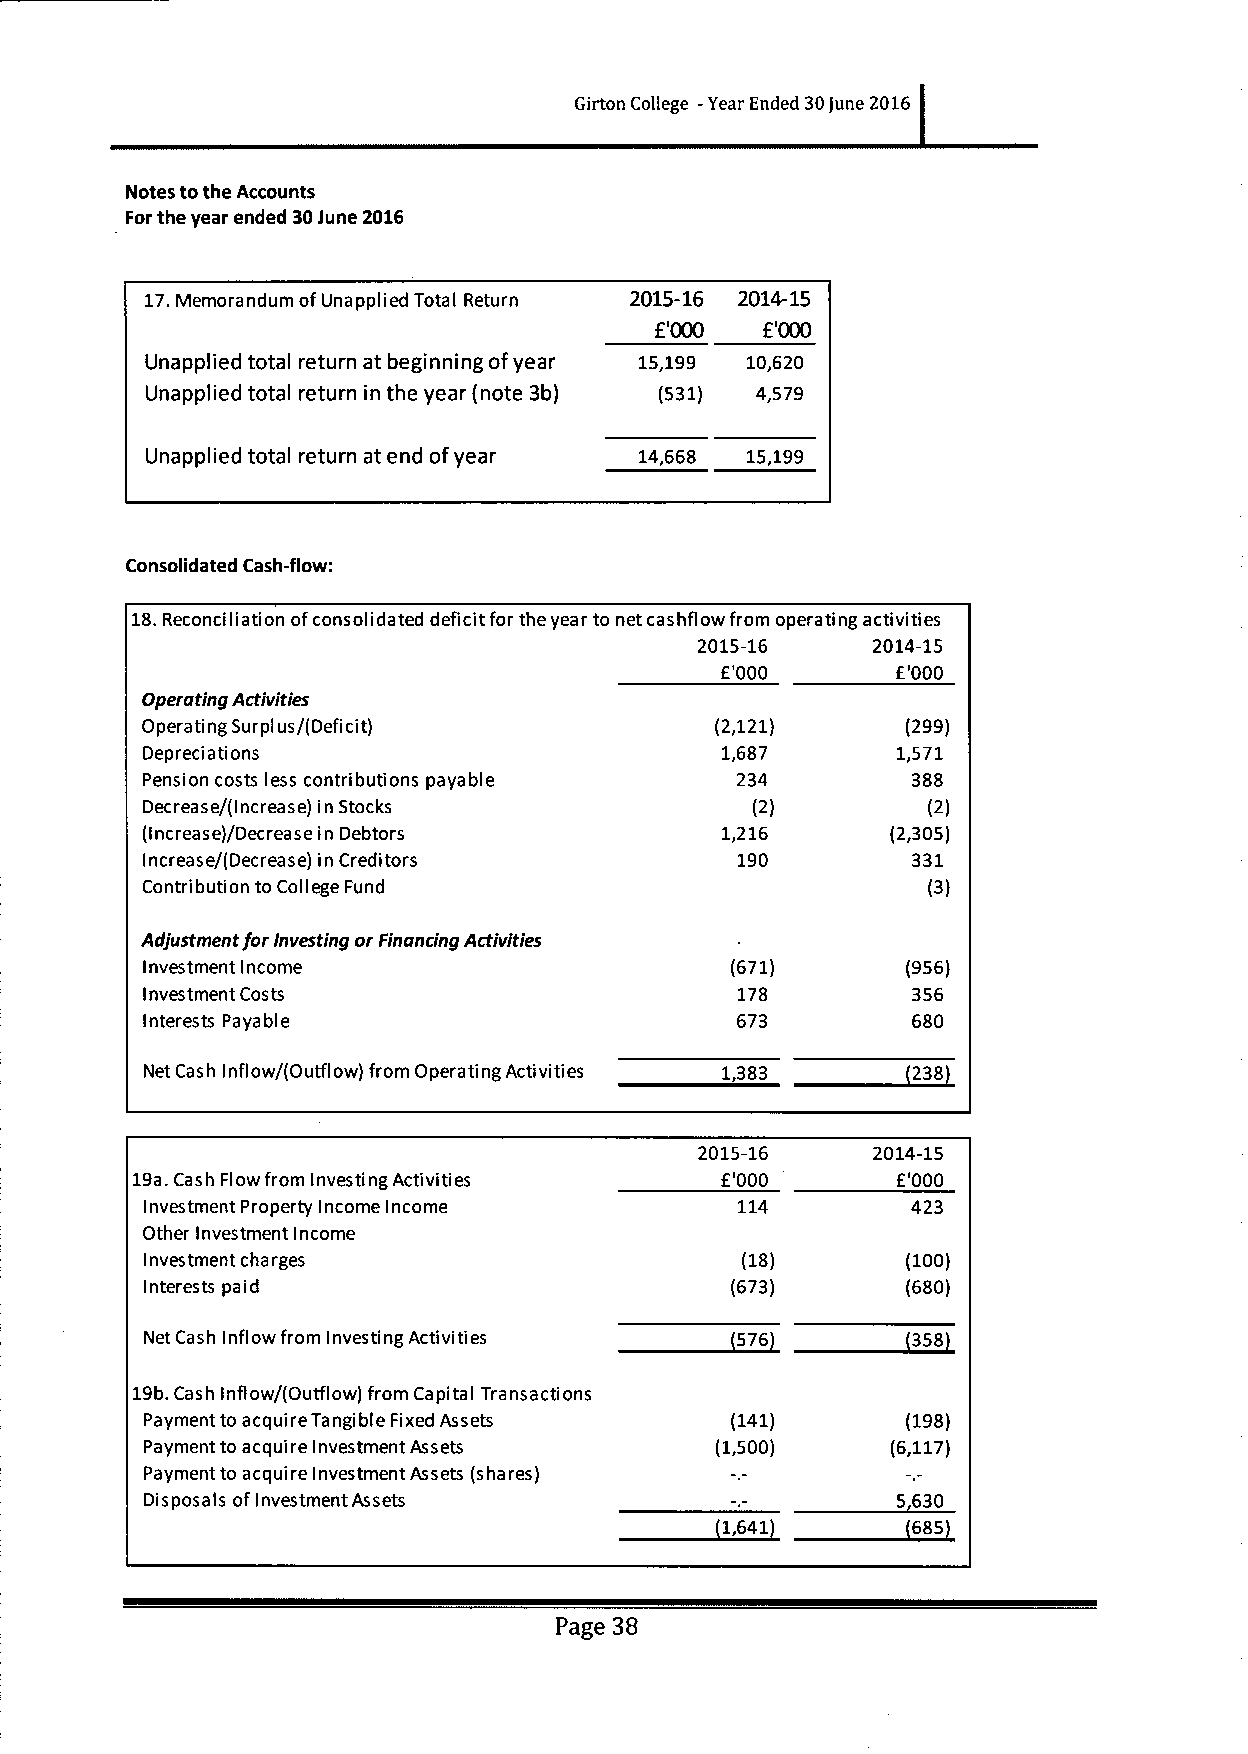
Girton College -Year Ended 30June 2016
 Notes tothe Accounts
 Forthe year ended 30june 2016
 17.Memorandum ofUnapplied Total Return 2015-16 2014-15
 f       f
 '000   '000
 Unapplied total return at beginning ofyear 15,199 10,620
 Unapplied total return in the year (note 3b) (531) 4,579
 Unapplied total return at end ofyear 14,668 15,199
 Consolidated Cash-flow:
 18.Reconciliation ofconsolidated deficit for the year to net cashflow from operating activities
 2015-16     2014-15
 E'000      f'000
 Operating Activities
 Operating Surplus/(Deficit)           (2,121)      (299)
 Depreciations                          1,687      1,571
 Pension costs less contributions payable 234       388
 Decrease/(Increase) in Stocks           (2)        (2)
 (Increase)/Decrease in Debtors         1,216      (2,305)
 Increase/(Decrease) in Creditors       190        331
 Contribution to College Fund                        (3)
 Adjustment for Investing or Financing Activities
 Investment Income                     (671)       (956)
 nves tment Costs                       178        356
 I
 Interests Payable                      673        680
 Net Cash Inflow/(Outflow) from Operating Activities 1,383 238
 2015-16     2014-15
 19a.Cash Flow from Investing Activities E'000     f'000
 Investment Property Income Income      114        423
 Other Investment Income
 Investment cha rges                    (18)       (100)
 Interests paid                        (673)       (680)
 Net Cash Inflow from Investing Activities 576     358
 19b.Cash inflow/(Outflow) from Capital Transactions
 Payment to acquire Tangible Fixed Assets (141)    (198)
 Payment to acquire Investment Assets (1,500)     (6,117)
 Payment to acquire Investment Assets (shares)
 Disposals ofInvestment Assets                    5630
 1,641       685
 Page 38